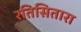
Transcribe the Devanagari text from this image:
रतिसितारा